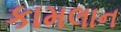
કામલાન